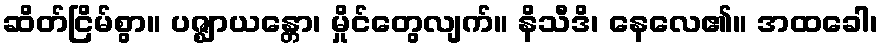
ဆိတ်ငြိမ်စွာ။ ပဇ္ဈာယန္တော၊ မှိုင်တွေလျက်။ နိသီဒိ၊ နေလေ၏။ အထခေါ၊